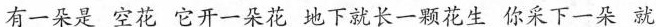
有一朵是 空花 它开一朵花 地下就长一颗花生 你采下一朵 就